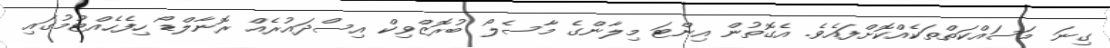
ގިނަ މަސައްކަތްތަކެއްކޮށްފައެވެ. އެގޮތުން އިންޓަ މިލާންގެ މާސެލޯ ބުރޮޒްވިކް އިސްދައުރެއް ރޮނާލްޑޯ ހިފެހެެއްޓުމުގައި